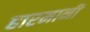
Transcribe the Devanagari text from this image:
हारमानी